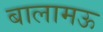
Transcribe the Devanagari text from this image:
बालामऊ